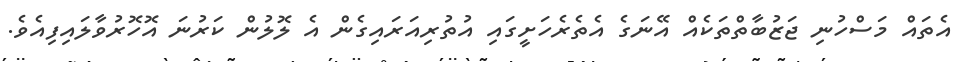
އެތައް މަސްހުނި ޖަޒުބާތްތަކެއް އޭނަގެ އެތެރެހަށީގައި އުތުރިއަރައިގެން އެ ލޮލުން ކަރުނަ އޮހޮރުވާލައިފިއެވެ.